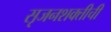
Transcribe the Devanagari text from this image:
सृजनशक्तीची